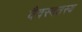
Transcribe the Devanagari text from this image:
वैवस्वतस्य